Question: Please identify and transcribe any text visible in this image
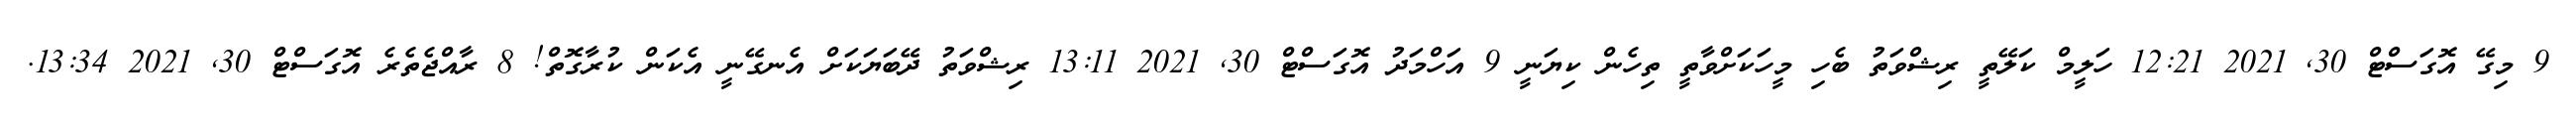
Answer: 9 މިގޭ އޮގަސްޓް 30, 2021 12:21 ހަލީމް ކަލޭތީ ރިޝްވަތު ބެހި މީހަކަށްވާތީ ތިހެން ކިޔަނީ 9 އަހްމަދު އޮގަސްޓް 30, 2021 13:11 ރިޝްވަތު ދޭބަޔަކަށް އެނގޭނީ އެކަން ކުރާގޮތް! 8 ރާއްޖެތެރެ އޮގަސްޓް 30, 2021 13:34.